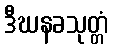
ဒီဃနခသုတ္တံ